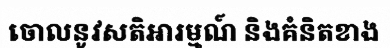
ចោលនូវសតិអារម្មណ៍ និងគំនិតខាង